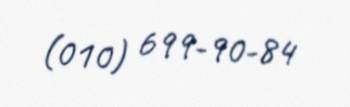
(010) 699-90-84